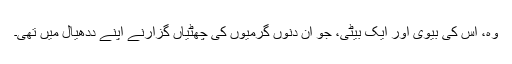
وہ، اس کی بیوی اور ایک بیٹی، جو اُن دنوں گرمیوں کی چھٹیاں گزارنے اپنے ددھیال میں تھی۔